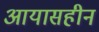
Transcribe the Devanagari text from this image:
आयासहीन